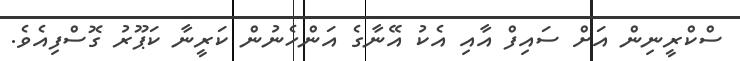
ސްކްރީނިން އަށް ސައިފް އާއި އެކު އޭނާގެ އަންހެނުން ކަރީނާ ކަޕޫރު ގޮސްފިއެވެ.